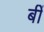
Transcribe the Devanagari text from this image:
बीं